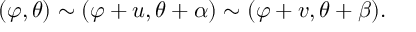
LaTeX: ( \varphi , \theta ) \sim ( \varphi + u , \theta + \alpha ) \sim ( \varphi + v , \theta + \beta ) .